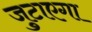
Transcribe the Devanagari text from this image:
जुटाएगा